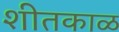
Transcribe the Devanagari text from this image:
शीतकाळ